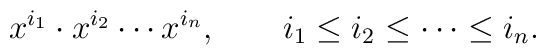
x^{i_1}\cdot x^{i_2}\cdots x^{i_n},\qquad i_1\leq i_2\leq\cdots \leq i_n.